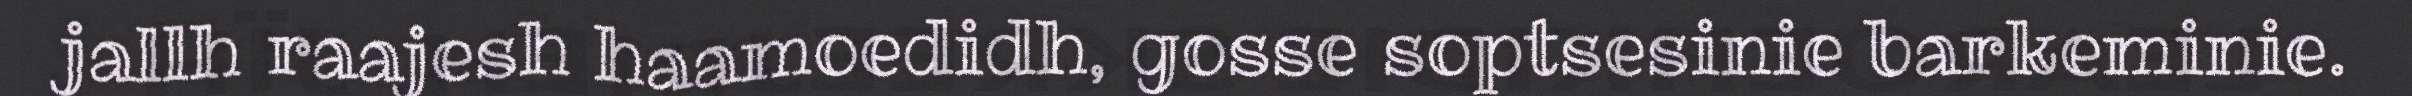
jallh raajesh haamoedidh, gosse soptsesinie barkeminie.